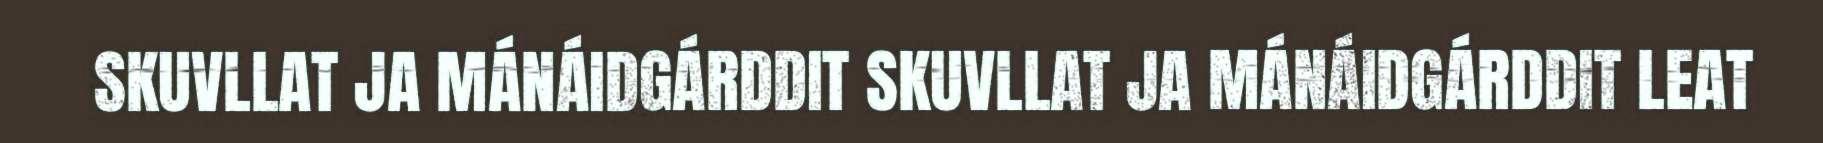
SKUVLLAT JA MÁNÁIDGÁRDDIT SKUVLLAT JA MÁNÁIDGÁRDDIT LEAT